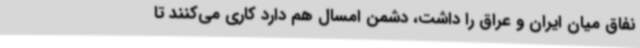
نفاق میان ایران و عراق را داشت، دشمن امسال هم دارد کاری می‌کنند تا